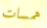
همسات